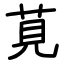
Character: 莧